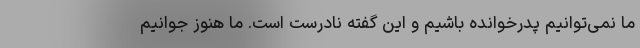
ما نمی‌توانیم پدرخوانده باشیم و این گفته نادرست است. ما هنوز جوانیم